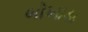
બોખાડા